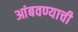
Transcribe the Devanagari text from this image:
आंबवण्याची